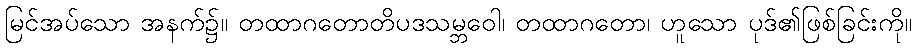
မြင်အပ်သော အနက်၌။ တထာဂတောတိပဒသမ္ဘဝေါ၊ တထာဂတော၊ ဟူသော ပုဒ်၏ဖြစ်ခြင်းကို။